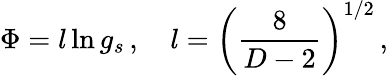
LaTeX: \Phi=l\ln g_{s}\, ,\quad l=\left(\frac{8}{D-2}\right)^{1/2}\, ,